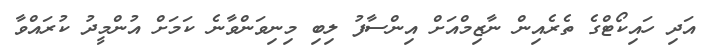
އަދި ހައިކޯޓްގެ ތެރެއިން ނާޒިމްއަށް އިންސާފު ލިބި މިނިވަންވާނެ ކަމަށް އުންމީދު ކުރައްވާ